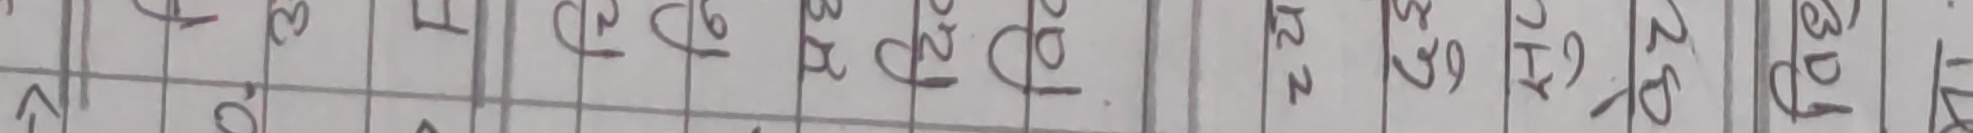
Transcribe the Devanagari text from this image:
२० २१ २२ २३ २४ २५ २६ २७ २८ २९ ३०